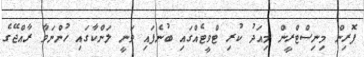
ފޮރިން މިނިސްޓްރީން މިއަދު ކުރި ޓްވީޓެއްގައި ބުނެފައި ވަނީ ލަންކާގައި ހުންނަވާ ރާއްޖޭގެ